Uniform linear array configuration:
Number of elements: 24
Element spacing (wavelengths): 1
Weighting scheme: blackman
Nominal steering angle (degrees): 15
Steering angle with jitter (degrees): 16.252
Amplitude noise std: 0.05
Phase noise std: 0.05

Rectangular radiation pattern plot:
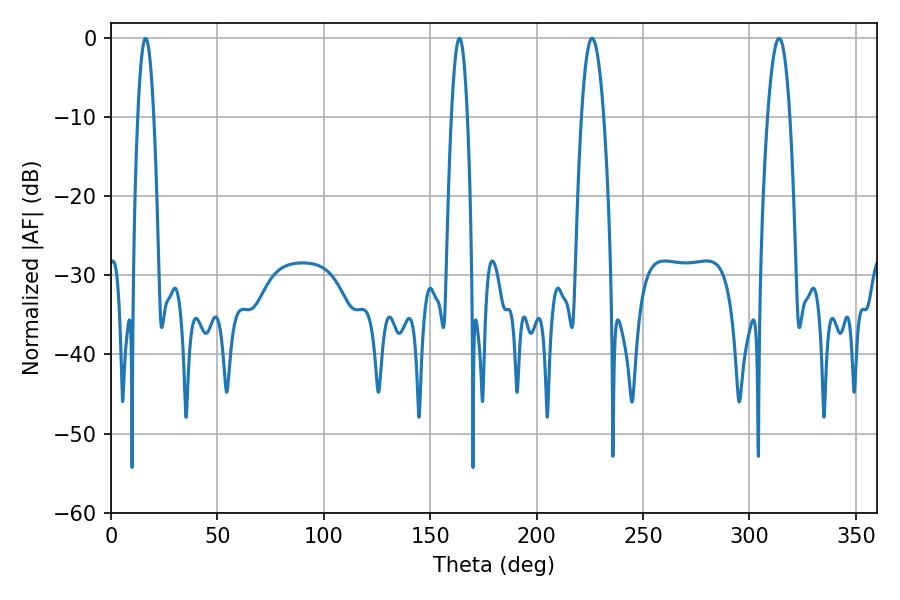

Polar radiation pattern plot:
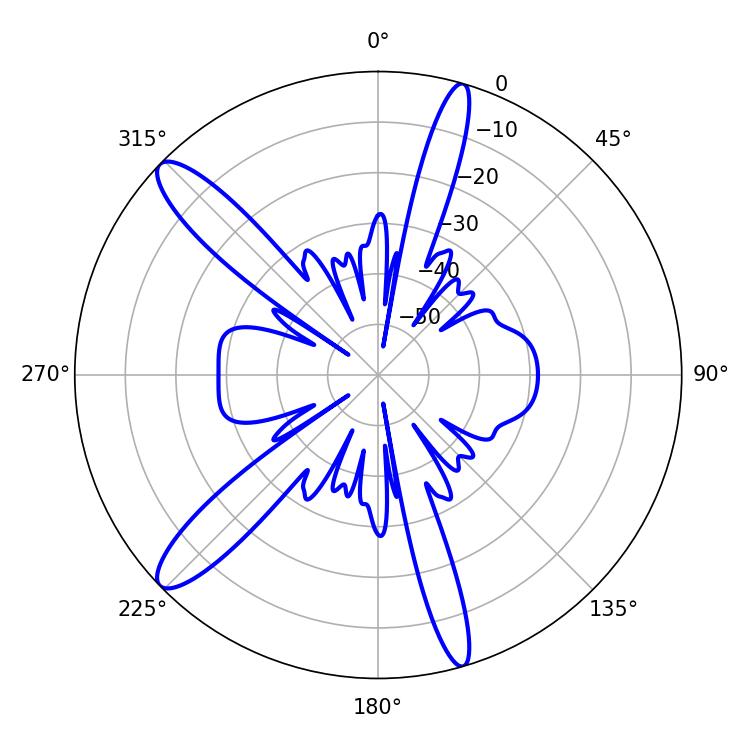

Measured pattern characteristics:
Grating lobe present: TRUE
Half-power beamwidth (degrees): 5.76
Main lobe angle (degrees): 226.08